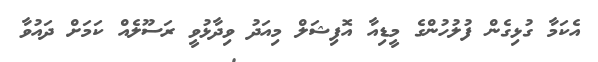
އެކަމާ ގުޅިގެން ފުލުހުންގެ މީޑިއާ އޮފިޝަލް މިއަދު ވިދާޅުވީ ރަސޫލެއް ކަމަށް ދައުވާ